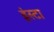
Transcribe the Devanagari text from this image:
इंस्टा